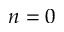
n = 0